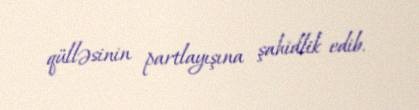
qülləsinin partlayışına şahidlik edib.